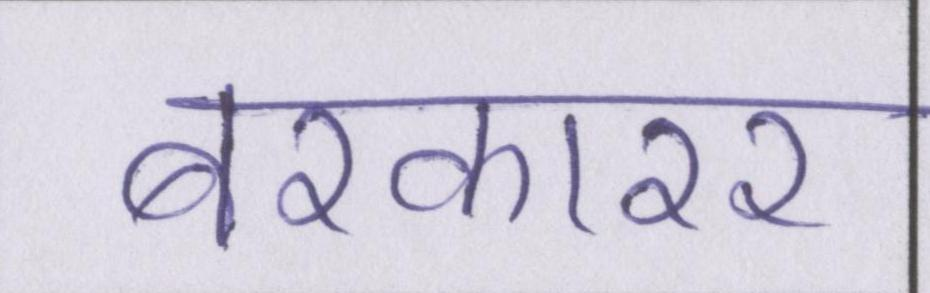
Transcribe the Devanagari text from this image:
बरकारर